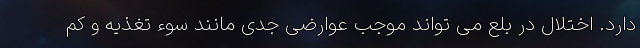
دارد. اختلال در بلع می تواند موجب عوارضی جدی مانند سوء تغذیه و کم